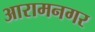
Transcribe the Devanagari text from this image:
आरामनगर